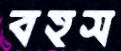
বহস